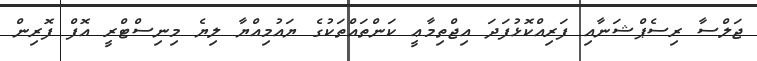
ޖަލްސާ ރިސެޕްޝަނާއި ފަރިއްކޮޅުފަދަ އިޖްތިމާޢީ ކަންތައްތަކުގެ ޔައުމިއްޔާ ލިޔެ މިނިސްޓްރީ އޮފް ފޮރިން